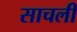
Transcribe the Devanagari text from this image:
साचली